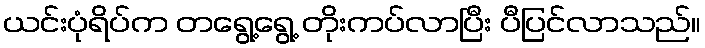
ယင်းပုံရိပ်က တရွေ့ရွေ့ တိုးကပ်လာပြီး ပီပြင်လာသည်။